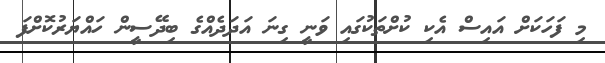
މި ފަހަކަށް އައިސް އެކި ކުށްތަކުގައި ވަނީ ގިނަ އަދަދެއްގެ ބިދޭސީން ހައްޔަރުކޮށްފަ